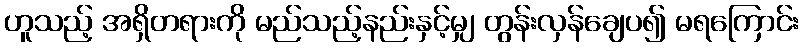
ဟူသည့် အရှိတရားကို မည်သည့်နည်းနှင့်မျှ တွန်းလှန်ချေပ၍ မရကြောင်း